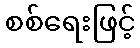
စစ်ရေးဖြင့်